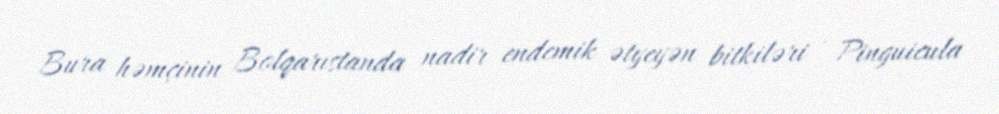
Bura həmçinin Bolqarıstanda nadir endemik ətyeyən bitkiləri - Pinguicula